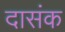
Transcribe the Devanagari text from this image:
दासंक